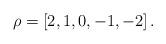
LaTeX: \begin{align*}\rho = [2,1,0,-1,-2]\, .\end{align*}